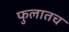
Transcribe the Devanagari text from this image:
फुलातच